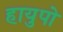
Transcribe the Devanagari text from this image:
हायुपो